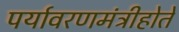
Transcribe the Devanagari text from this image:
पर्यावरणमंत्रीहोते